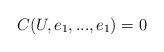
LaTeX: \begin{align*} C(U,e_1,...,e_1)=0\end{align*}